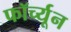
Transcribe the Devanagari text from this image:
फॉर्च्‍यून